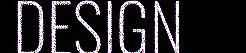
DESIGN